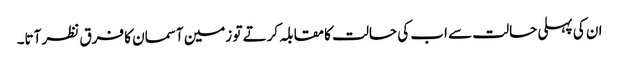
ان کی پہلی حالت سے اب کی حالت کا مقابلہ کرتے تو زمین آسمان کا فرق نظر آتا۔